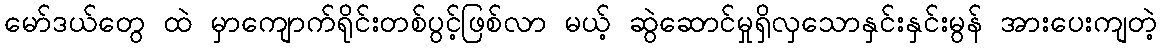
မော်ဒယ်တွေ ထဲ မှာကျောက်ရိုင်းတစ်ပွင့်ဖြစ်လာ မယ့် ဆွဲဆောင်မှုရှိလှသောနှင်းနှင်းမွန် အားပေးကျတဲ့